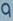
9